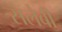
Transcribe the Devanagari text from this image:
सलेबी